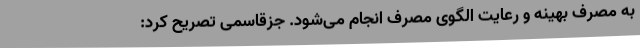
به مصرف بهینه و رعایت الگوی مصرف انجام می‌شود. جزقاسمی تصریح کرد: